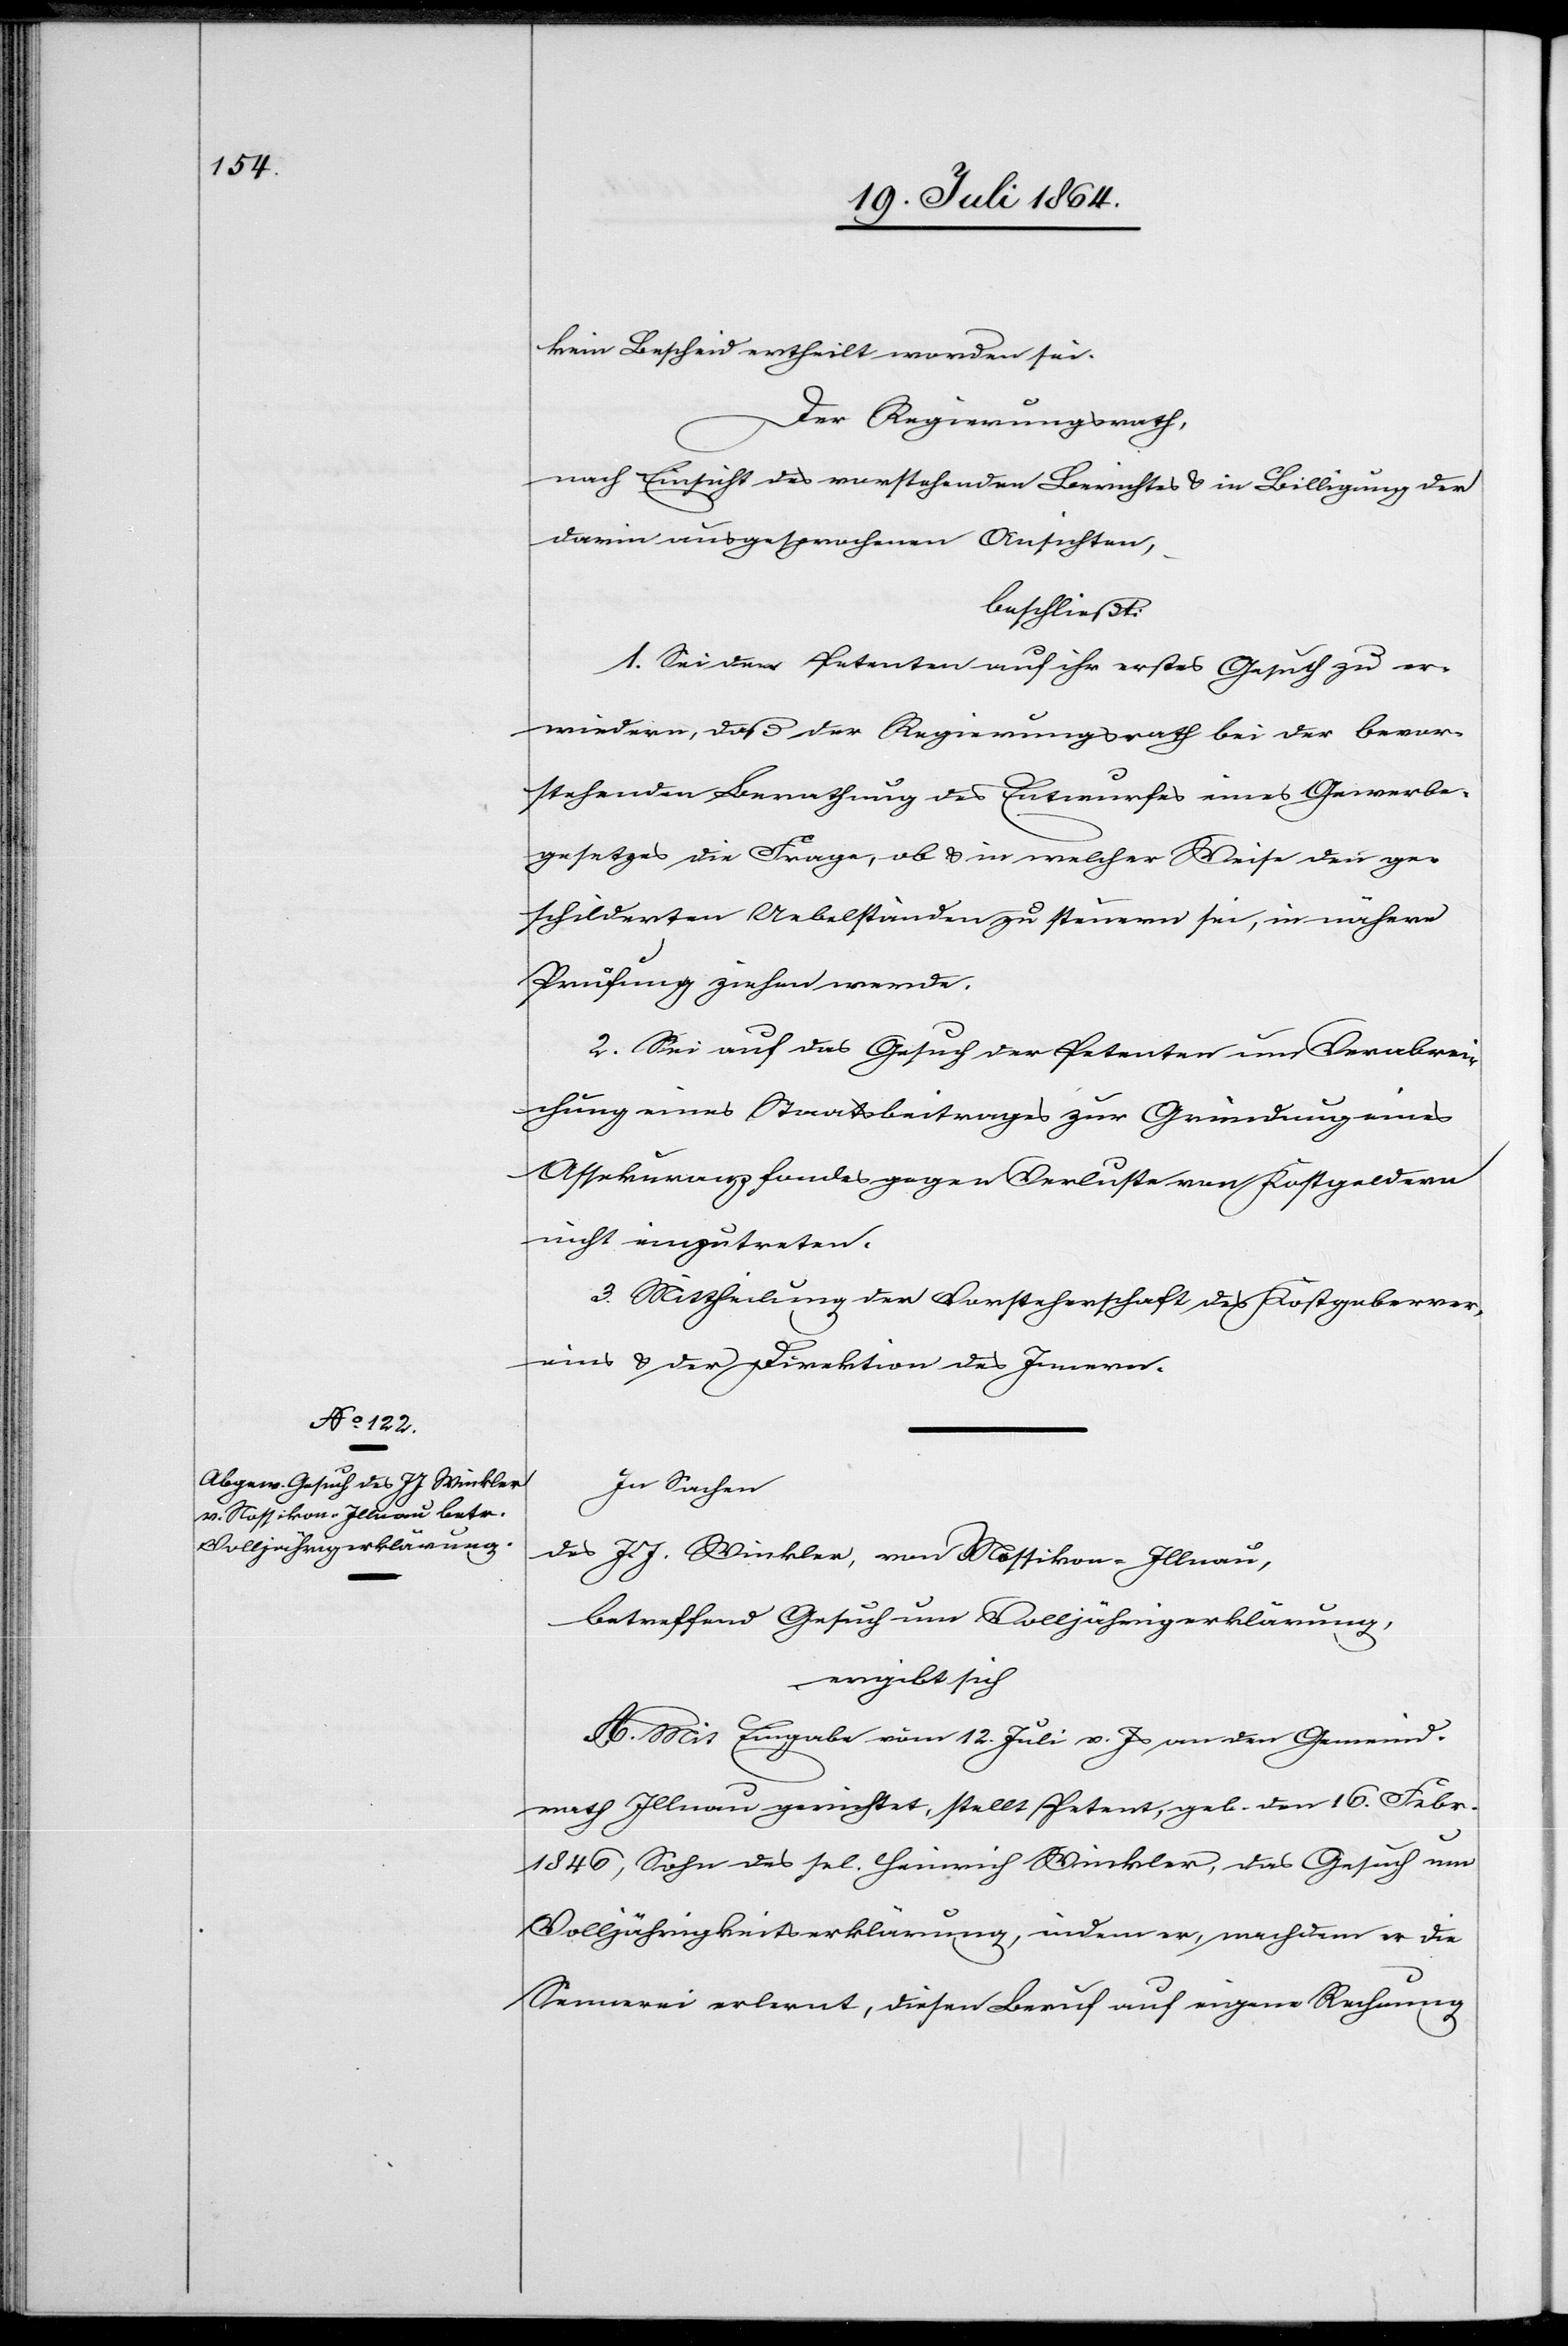
kein Bescheid ertheilt worden sei.
Der Regierungsrath,
nach Einsicht des vorstehenden Berichtes u. in Billigung der
darin ausgesprochenen Ansichten,
beschließt:
1. Sei dem Petenten auf ihr erstes Gesuch zu er¬
wiedern, daß der Regierungsrath bei der bevor¬
stehenden Berathung des Entwurfes eines Gewerbe¬
gesetzes die Frage, ob u. in welcher Weise den ge¬
schilderten Uebelständen zu steuern sei, in nähere
Prüfung ziehen werde.
2. Sei auf das Gesuch der Petenten um Verabrei¬
chung eines Staatsbeitrages zur Gründung eines
Assekuranzfondes gegen Verluste von Kostgeldern
nicht einzutreten.
3. Mittheilung der Vorsteherschaft des Kostgeberver¬
eins u. der Direktion des Innern.
In Sachen
des J. J. Winkler, von Nossikon-Illnau,
betreffend Gesuch um Volljährigerklärung,
ergibt sich
A. Mit Eingabe vom 12. Juli v. Js. an den Gemeind¬
rath Illnau gerichtet, stellt Petent, geb. den 16. Febr.
1846, Sohn des sel. Heinrich Winkler, das Gesuch um
Volljährigkeitserklärung, indem er, nachdem er die
Sennerei erlernt, diesen Beruf auf eigene Rechnung